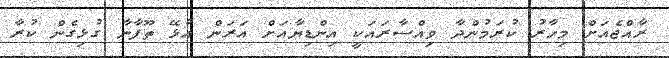
ރާއްޖެއަށް މިހާރު ކުރަމުންދާ ވިއްސާރައަކީ އިންޑިޔާއަށް އަރަން އުޅޭ ތޫފާނާ ގުޅިގެން ކުރާ